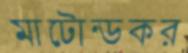
মাটোন্ডকর